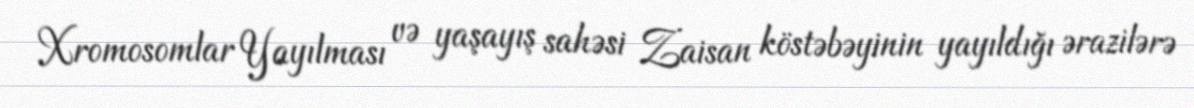
Xromosomlar Yayılması və yaşayış sahəsi Zaisan köstəbəyinin yayıldığı ərazilərə